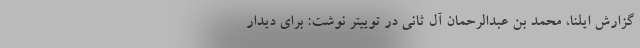
گزارش ایلنا، محمد بن عبدالرحمان آل ثانی در توییتر نوشت: برای دیدار